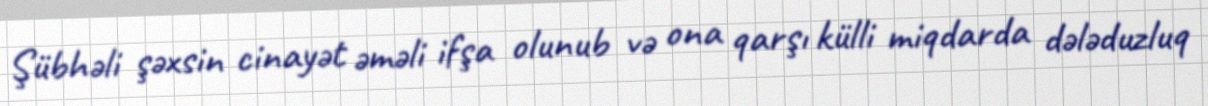
Şübhəli şəxsin cinayət əməli ifşa olunub və ona qarşı külli miqdarda dələduzluq